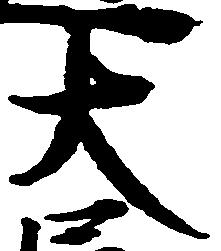
大